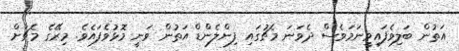
އަތުން ބަލިވެފައިވީނަމަވެސް ދެވަނަ މެޗުގައި ފިންލެންޑް އަތުން ވަނީ މޮޅުވެފައެވެ. މިރޭގެ މެޗަށް